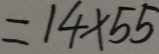
= 1 4 \times 5 5